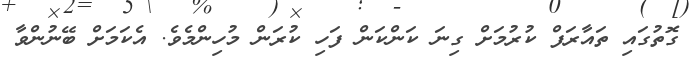
ގޮތުގައި ތައާރަފް ކުރުމަށް ގިނަ ކަންކަން ފަހި ކުރަން މުހިންމެވެ. އެކަމަށް ބޭނުންވާ